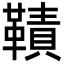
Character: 𩌪